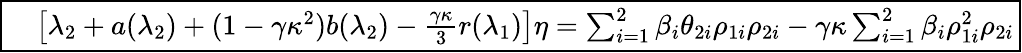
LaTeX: \boxed{\begin{array}{rl}&{\left[\lambda_{2}+a(\lambda_{2})+(1-\gamma\kappa^{2})b(\lambda_{2})-\frac{\gamma\kappa}{3}r(\lambda_{1})\right]\eta=\sum_{i=1}^{2}\beta_{i}\theta_{2i}\rho_{1i}\rho_{2i}-{\gamma}\kappa\sum_{i=1}^{2}\beta_{i}\rho_{1i}^{2}\rho_{2i}}\end{array}}